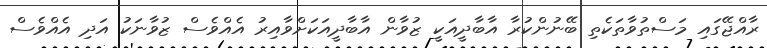
ރާއްޖޭގައި މަސްތުވާތަކެތި ބޭނުންކުރާ އާބާދީއަކީ ޒުވާން އާބާދީއަކަށްވާއިރު އެއްވެސް ޒުވާނަކު އަދި އެއްވެސް